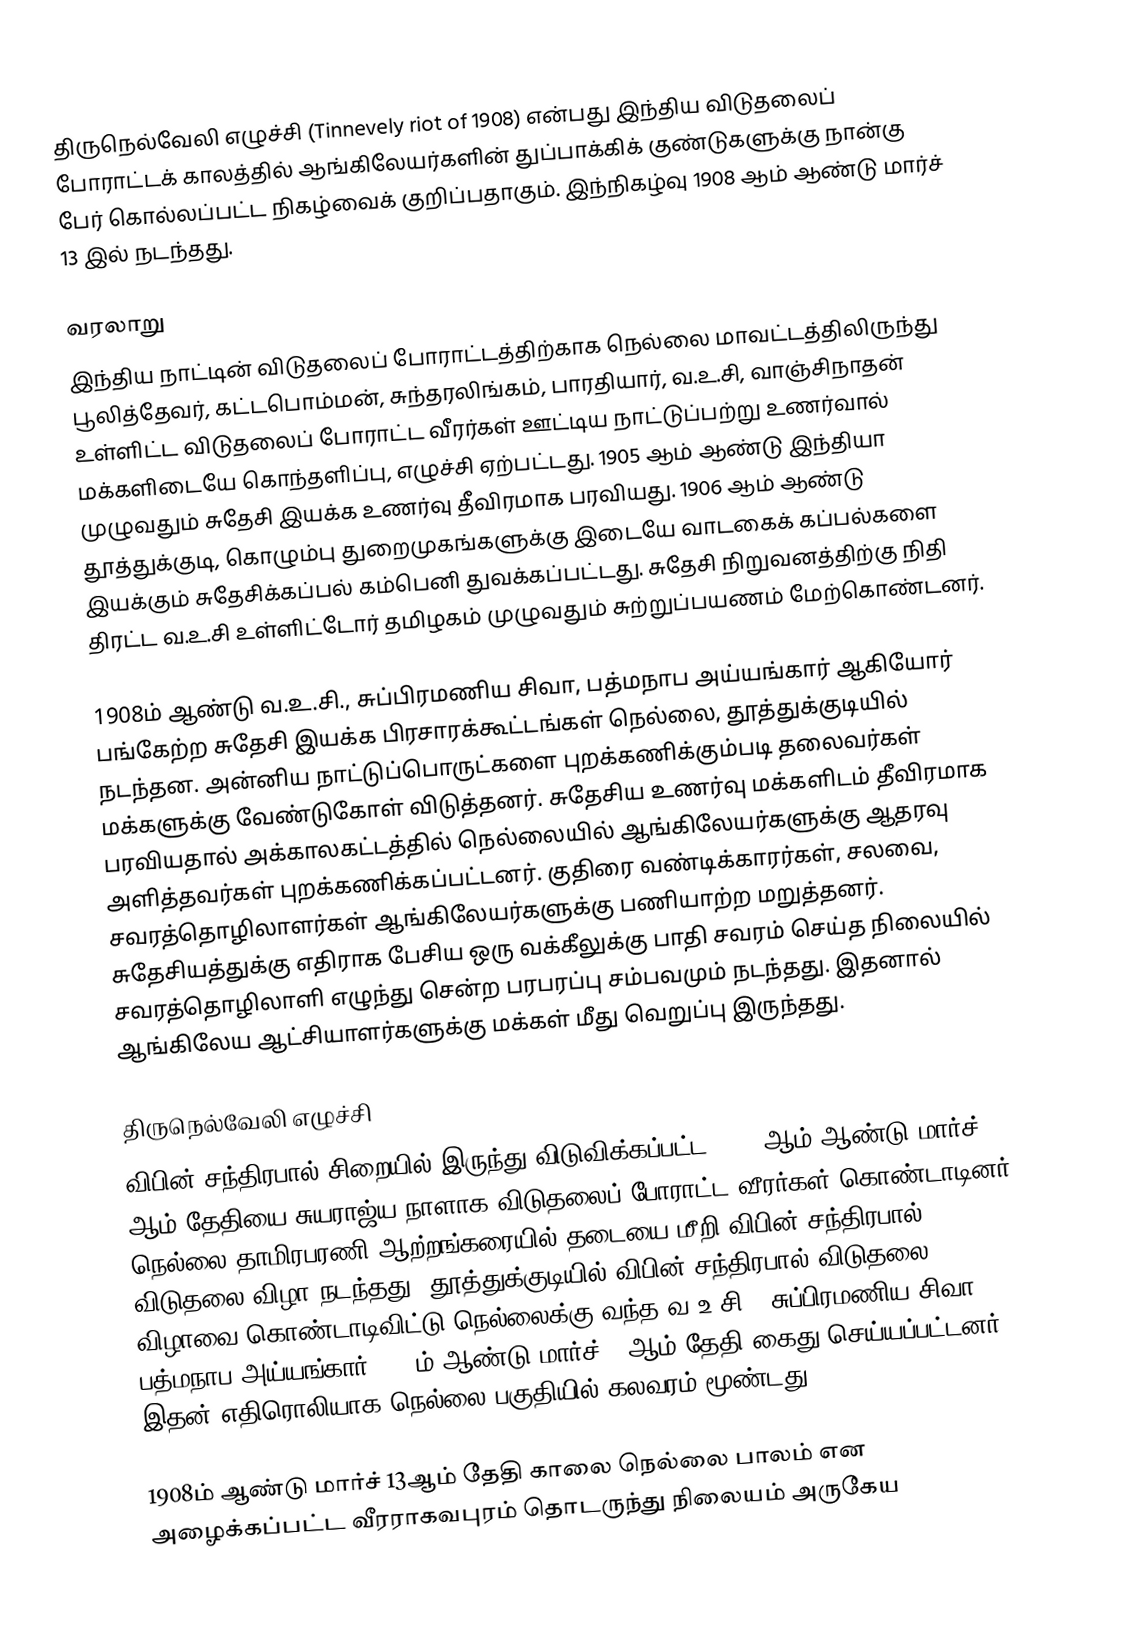
திருநெல்வேலி எழுச்சி (Tinnevely riot of 1908) என்பது இந்திய விடுதலைப் போராட்டக் காலத்தில் ஆங்கிலேயர்களின் துப்பாக்கிக் குண்டுகளுக்கு நான்கு பேர் கொல்லப்பட்ட நிகழ்வைக் குறிப்பதாகும். இந்நிகழ்வு 1908 ஆம் ஆண்டு மார்ச் 13 இல் நடந்தது.

வரலாறு
இந்திய நாட்டின் விடுதலைப் போராட்டத்திற்காக நெல்லை மாவட்டத்திலிருந்து பூலித்தேவர், கட்டபொம்மன், சுந்தரலிங்கம், பாரதியார், வ.உ.சி, வாஞ்சிநாதன் உள்ளிட்ட விடுதலைப் போராட்ட வீரர்கள் ஊட்டிய நாட்டுப்பற்று உணர்வால் மக்களிடையே கொந்தளிப்பு, எழுச்சி ஏற்பட்டது. 1905 ஆம் ஆண்டு இந்தியா முழுவதும் சுதேசி இயக்க உணர்வு தீவிரமாக பரவியது. 1906 ஆம் ஆண்டு தூத்துக்குடி, கொழும்பு துறைமுகங்களுக்கு இடையே வாடகைக் கப்பல்களை இயக்கும் சுதேசிக்கப்பல் கம்பெனி துவக்கப்பட்டது. சுதேசி நிறுவனத்திற்கு நிதி திரட்ட வ.உ.சி உள்ளிட்டோர் தமிழகம் முழுவதும் சுற்றுப்பயணம் மேற்கொண்டனர்.

1908ம் ஆண்டு வ.உ.சி., சுப்பிரமணிய சிவா, பத்மநாப அய்யங்கார் ஆகியோர் பங்கேற்ற சுதேசி இயக்க பிரசாரக்கூட்டங்கள் நெல்லை, தூத்துக்குடியில் நடந்தன. அன்னிய நாட்டுப்பொருட்களை புறக்கணிக்கும்படி தலைவர்கள் மக்களுக்கு வேண்டுகோள் விடுத்தனர். சுதேசிய உணர்வு மக்களிடம் தீவிரமாக பரவியதால் அக்காலகட்டத்தில் நெல்லையில் ஆங்கிலேயர்களுக்கு ஆதரவு அளித்தவர்கள் புறக்கணிக்கப்பட்டனர். குதிரை வண்டிக்காரர்கள், சலவை, சவரத்தொழிலாளர்கள் ஆங்கிலேயர்களுக்கு பணியாற்ற மறுத்தனர். சுதேசியத்துக்கு எதிராக பேசிய ஒரு வக்கீலுக்கு பாதி சவரம் செய்த நிலையில் சவரத்தொழிலாளி எழுந்து சென்ற பரபரப்பு சம்பவமும் நடந்தது. இதனால் ஆங்கிலேய ஆட்சியாளர்களுக்கு மக்கள் மீது வெறுப்பு இருந்தது.

திருநெல்வேலி எழுச்சி
விபின் சந்திரபால் சிறையில் இருந்து விடுவிக்கப்பட்ட 1908 ஆம்-ஆண்டு மார்ச் 8 ஆம் தேதியை சுயராஜ்ய நாளாக விடுதலைப் போராட்ட வீரர்கள் கொண்டாடினர். நெல்லை தாமிரபரணி ஆற்றங்கரையில் தடையை மீறி விபின் சந்திரபால் விடுதலை விழா நடந்தது. தூத்துக்குடியில் விபின் சந்திரபால் விடுதலை விழாவை கொண்டாடிவிட்டு நெல்லைக்கு வந்த வ.உ.சி., சுப்பிரமணிய சிவா, பத்மநாப அய்யங்கார் 1908ம் ஆண்டு மார்ச் 12ஆம் தேதி கைது செய்யப்பட்டனர். இதன் எதிரொலியாக நெல்லை பகுதியில் கலவரம் மூண்டது.

1908ம் ஆண்டு மார்ச் 13ஆம் தேதி காலை நெல்லை பாலம் என அழைக்கப்பட்ட வீரராகவபுரம் தொடருந்து நிலையம் அருகேய